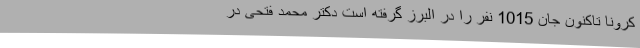
کرونا تاکنون جان 1015 نفر را در البرز گرفته است دکتر محمد فتحی در